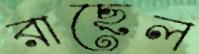
রাছেল